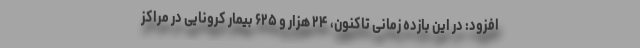
افزود: در این بازده زمانی تاکنون، ۲۴ هزار و ۶۲۵ بیمار کرونایی در مراکز